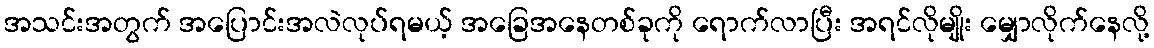
အသင်းအတွက် အပြောင်းအလဲလုပ်ရမယ့် အခြေအနေတစ်ခုကို ရောက်လာပြီး အရင်လိုမျိုး မျှောလိုက်နေလို့